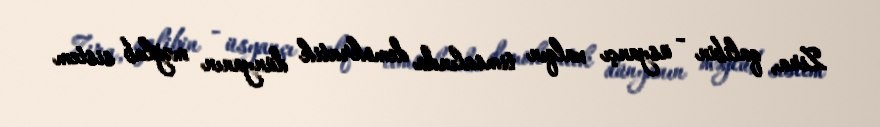
Zira, qalibin - üsyançı xalqın timsalında demokratik dünyanın məğlub sistem